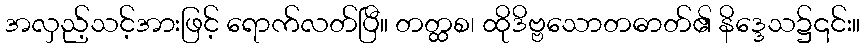
အလှည့်သင့်အားဖြင့် ရောက်လတ်ပြီ။ တတ္ထစ၊ ထိုဒိဗ္ဗသောတဓာတ်၏ နိဒ္ဒေသ၌၎င်း။